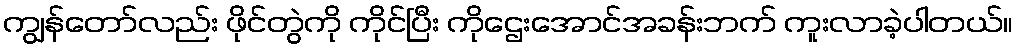
ကျွန်တော်လည်း ဖိုင်တွဲကို ကိုင်ပြီး ကိုဌေးအောင်အခန်းဘက် ကူးလာခဲ့ပါတယ်။